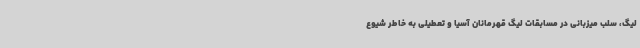
لیگ، سلب میزبانی در مسابقات لیگ قهرمانان آسیا و تعطیلی به خاطر شیوع